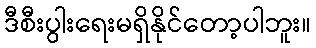
ဒီစီးပွါးရေးမရှိနိုင်တော့ပါဘူး။